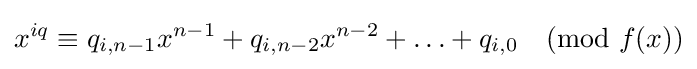
x^{iq}\equiv q_{i,n-1}x^{n-1}+q_{i,n-2}x^{n-2}+\ldots +q_{i,0}{\pmod {f(x)}}